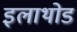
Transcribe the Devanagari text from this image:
इलाथोड